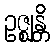
ဥဇ္ဈန္တိ